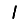
Digit: 1